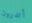
أتدرون